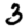
Digit: 3